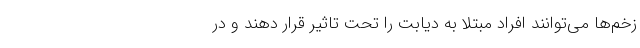
زخم‌ها می‌توانند افراد مبتلا به دیابت را تحت تاثیر قرار دهند و در